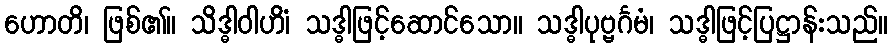
ဟောတိ၊ ဖြစ်၏။ သိဒ္ဓါဝါဟိံ၊ သဒ္ဓါဖြင့်ဆောင်သော။ သဒ္ဓါပုဗ္ဗင်္ဂမံ၊ သဒ္ဓါဖြင့်ပြဋ္ဌာန်းသည်။